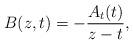
LaTeX: \begin{align*}B(z,t)=-\frac{A_t(t)}{z-t},\end{align*}